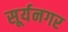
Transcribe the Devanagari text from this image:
सूर्यनगर